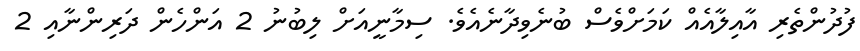
ފުދުންތެރި އާއިލާއެއް ކަމަށްވެސް ބުނެވިދާނެއެވެ. ސިމާނީއަށް ލިބުނު 2 އަންހެން ދަރިންނާއި 2